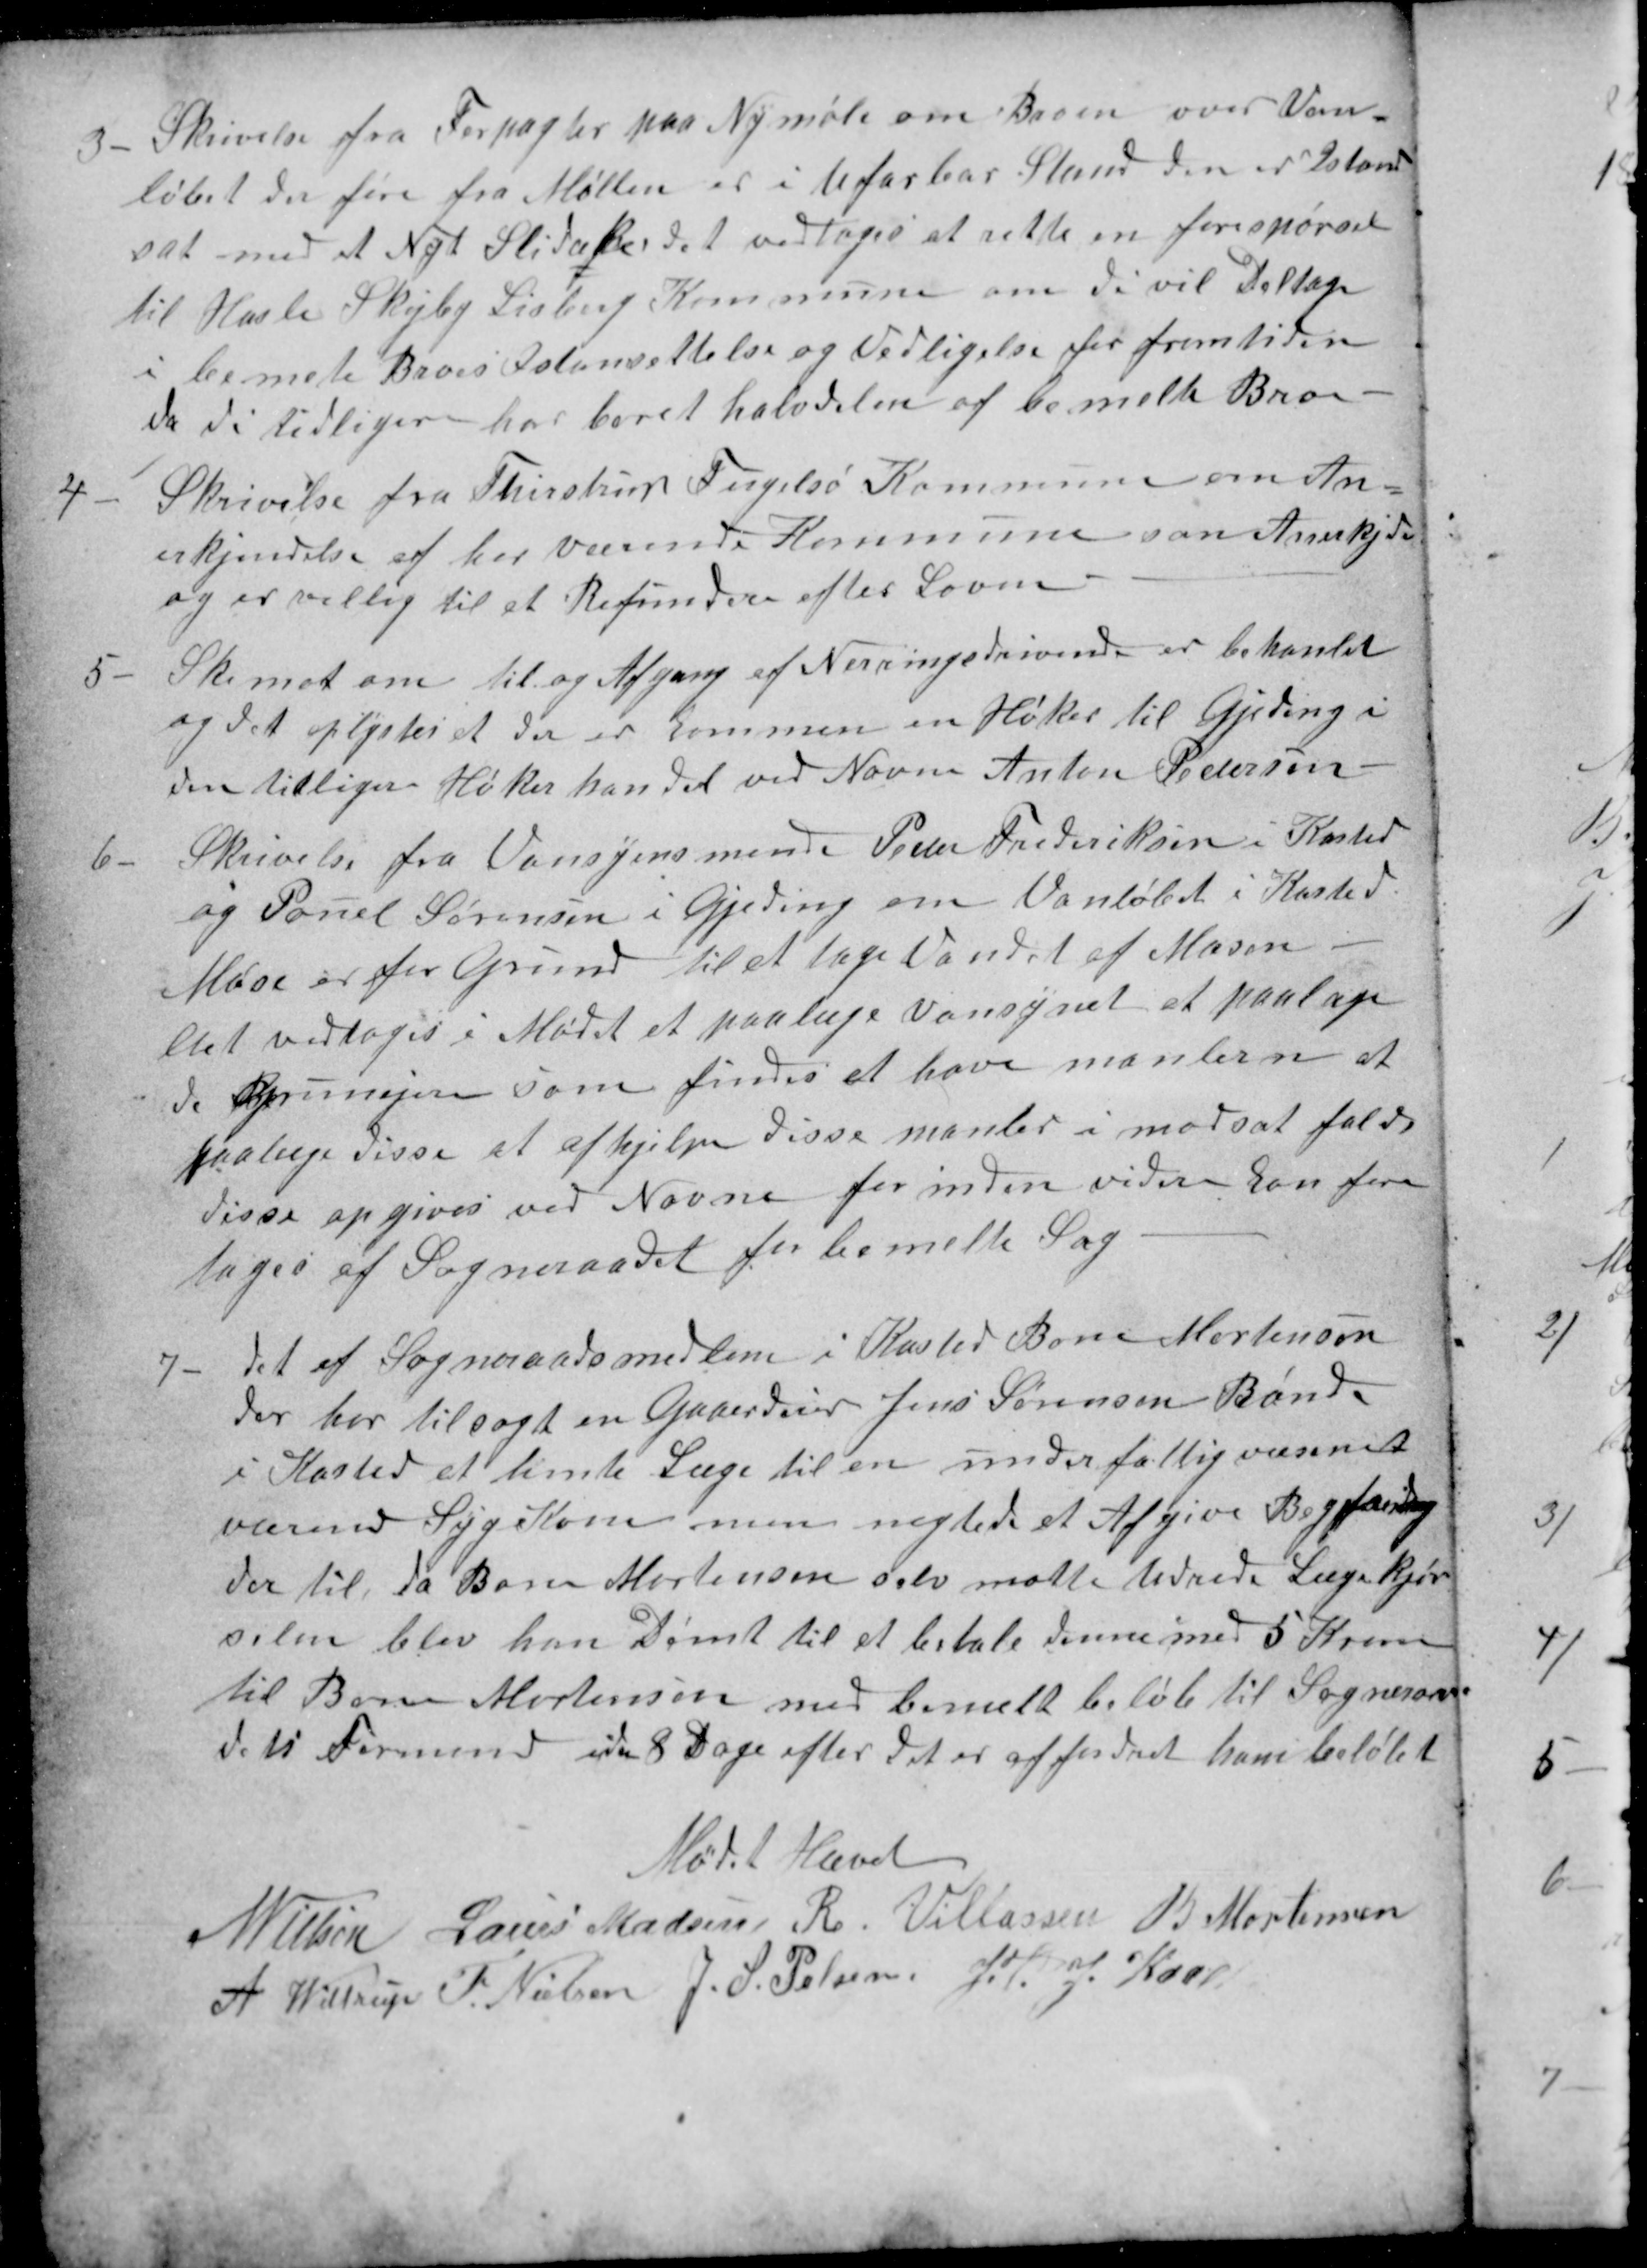
Transskription:
3
Skrivelse fra Forpagter paa Nymøle om Broen over Van-
løbet der føre fra Møllen er i Ufarbar Stand den er Istand
sat med et Nyt Slitaker det vedtoges at rette en forespørsel
til Hasle Skejby Lisberg Kommune om de vil Deltage
i bemete Broes Istansettelse og Vedligelse for fremtiden
da di tidligere har boret halvdelen af bemelte Bro
4
Skrivelse fra Thirstrup Fugelsø Kommune om An=
erkjendelse af herværende Kommune som Anerkjde
og er villig til at Refundere efter Loven.
5
Skemat om til og Afgang af Næringsdrivende er behanlet
og det oplystes at der er kommen en Høker til Gjeding i
den tidligere Høker handel ved Navne Anton Pedersen
6
Skrivelse fra Vansyensmend Peder Frederiksen i Kasted
og Pouel Sørensen i Gjeding om Vanløbet i Kasted
Mose er for Grund til at tage Vandet af Mosen
det vedtoges i Mødet et paalæge Vansynet at paalæge
de Grunejere som findes at have manlerne at
paalæge disse at afhjælpe disse manler i modsat fald
disse opgives ved Navne for inden videre kan fore
tages af Sogneraadet for bemelte Sag
7
det af Sogneraadsmedlem i Kasted Bone Mortensen
der har tilsagt en Gaaerdeier Jens Sørensen Bonde
i Kasted at hente Læge til en under fattigvæsenet
værend Syge Kone men nægtede et Afgive Begjæring
der til, da Bone Mortensen selv motte Udrede Lægekjør
selen blev han Dømt til et betale denne med 5 Kroner
til Bone Mortensen med bemelt beløb til Sogneraa-
dets Formand inden 8 Dage efter det er affordret ham beløbet
Mødet Hævet
N Nielsen
Laurs Madsen
R. Villassen
B Mortensen
A Wittrup
F. Nielsen
J. S. Pelsen
J. P. J. Kaae